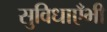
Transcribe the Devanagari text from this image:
सुविधाएँभी